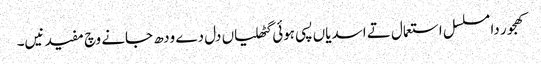
کھجور دا مسلسل استعمال تے اسدیاں پسی ہوئی گٹھلیاں دل دے ودھ جانے وچ مفید نیں۔